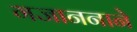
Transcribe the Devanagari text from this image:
गजाननाने